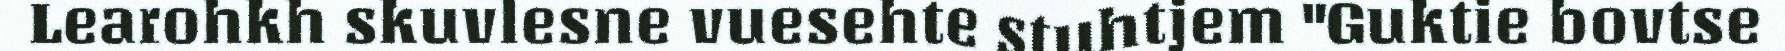
Learohkh skuvlesne vuesehte stuhtjem "Guktie bovtse